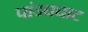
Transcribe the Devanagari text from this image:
पांडवघाट